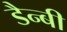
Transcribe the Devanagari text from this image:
डैन्बी